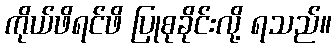
ကိုယ်ဖိရင်ဖိ ပြုစုခိုင်းလို့ ရသည်။